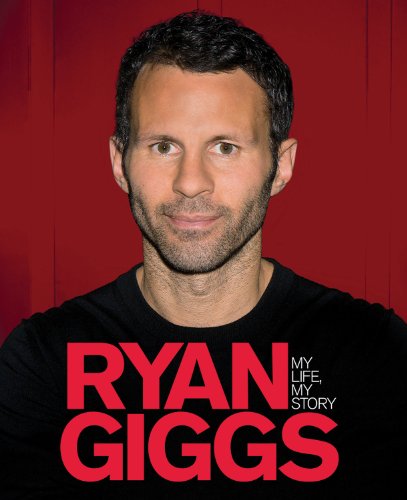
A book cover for Ryan Giggs: My Life, My Story; Ryan Giggs; Biographies & Memoirs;